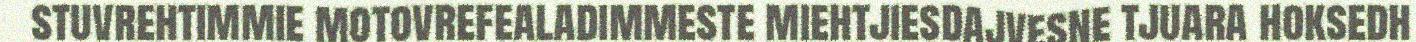
stuvrehtimmie motovrefealadimmeste miehtjiesdajvesne tjuara hoksedh